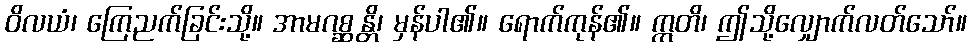
ဝိလယံ၊ ကြေညက်ခြင်းသို့။ အာမဂစ္ဆန္တိ၊ မှန်ပါ၏။ ရောက်ကုန်၏။ ဣတိ၊ ဤသို့လျှောက်လတ်သော်။